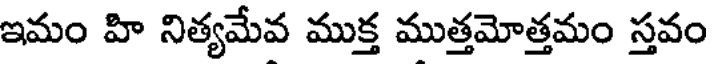
ఇమం హి నిత్యమేవ ముక్త ముత్తమోత్తమం స్తవం